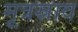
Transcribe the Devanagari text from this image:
मूत्रस्राव